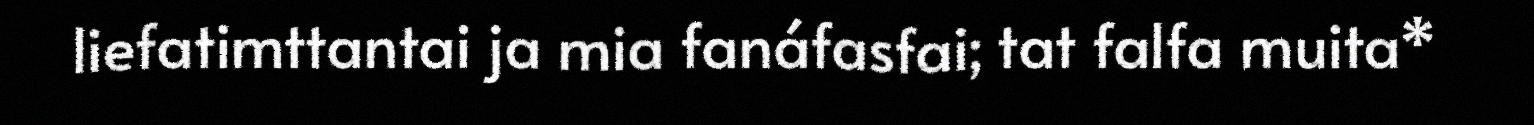
liefatimttantai ja mia fanáfasfai; tat falfa muita*